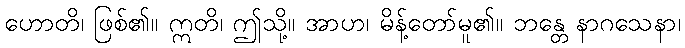
ဟောတိ၊ ဖြစ်၏။ ဣတိ၊ ဤသို့။ အာဟ၊ မိန့်တော်မူ၏။ ဘန္တေ နာဂသေနာ၊